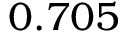
0 . 7 0 5